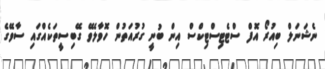
ނެޝަނަލް ބިއުރޯ އޮފް ސްޓެޓިސްޓިކްސް އިން ބުނީ ގުރުއަތުން ހޮވާލެވޭ ގޭބިސީތަކެއްގައި ސާވޭގެ